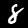
Digit: 8